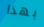
بهذا